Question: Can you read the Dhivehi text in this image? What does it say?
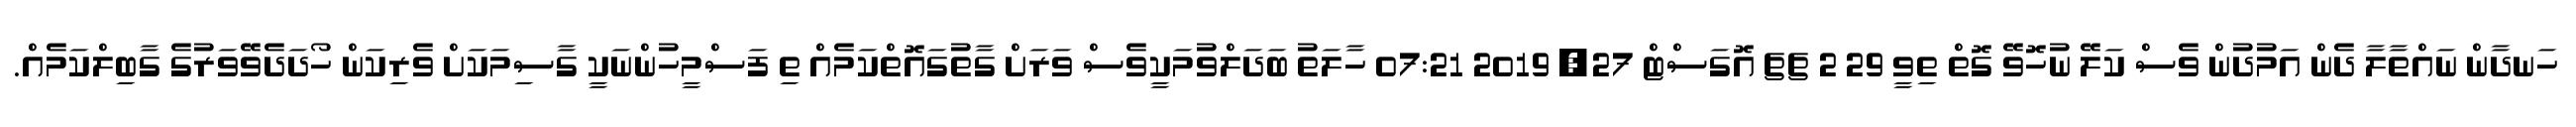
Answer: ހަނދާން ނައްތާލާ ދެން އަމުދުން ވެސް ކަލޭ ނުހޮވޭ ގޮތް ތިވީ 29 2 ޗޗ އޮގަސްޓް 27, 2019 07:21 ހާލަތު ބަދަލްވުމަކީވެސް ވަރަށް ގާތުގައޮތްކަމެއް ތި ފަސްމީހުންނަކީ ގާސިމަކަށް ވެރިކަން ހޯދަދެވޭވަރުގެ ގާބިލްކަމެއް.